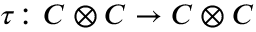
\tau \colon C \otimes C \to C \otimes C